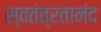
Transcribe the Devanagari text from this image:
स्वतंत्रतानंद